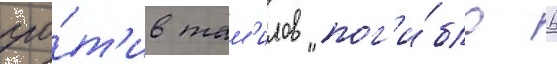
про́т'ив там'илов пог'и́бло 6